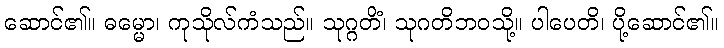
ဆောင်၏။ ဓမ္မော၊ ကုသိုလ်ကံသည်။ သုဂ္ဂတိံ၊ သုဂတိဘဝသို့။ ပါပေတိ၊ ပို့ဆောင်၏။